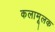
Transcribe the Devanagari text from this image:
कलामूलक